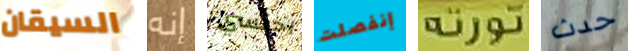
السيقان إنه احتسي إنفصلت تورتة حدث